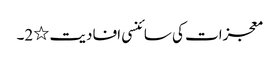
معجزات کی سائنسی افادیت ٭2۔